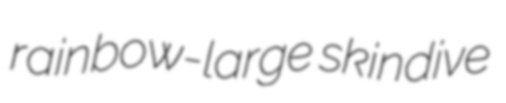
rainbow-large skindive